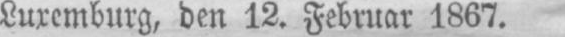
Luxemburg, den 12. Februar 1867.